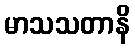
မာသသတာနိ